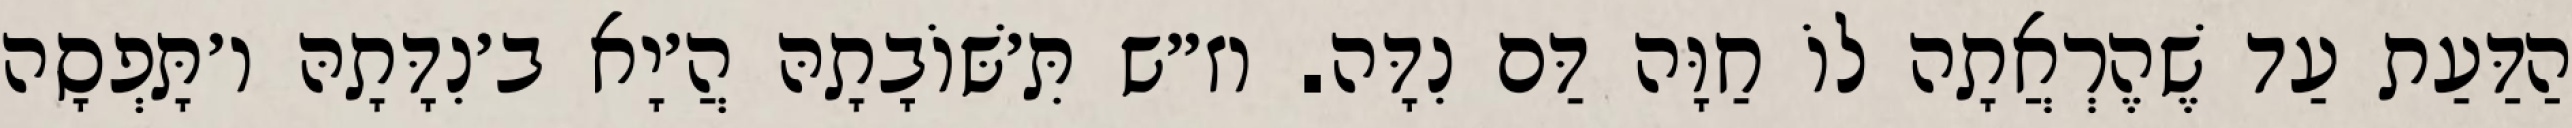
הַדַּעַת עַד שֶׁהֶרְאֲתָה לוֹ חַוָּה דַּם נִדָּה. וז״ש תִּ׳שּׁוֹבָתָהּ הֲ׳יָא ב׳נִדָּתָהּ ו׳תָּפְסָה